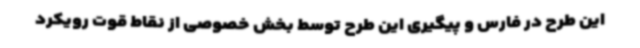
این طرح در فارس و پیگیری این طرح توسط بخش خصوصی از نقاط قوت رویکرد